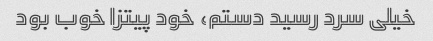
خیلی سرد رسید دستم، خود پیتزا خوب بود